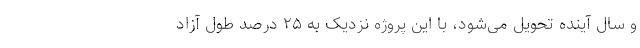
و سال آینده تحویل می‌شود، با این پروژه نزدیک به ۲۵ درصد طول آزاد